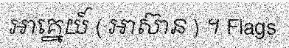
អាគ្នេយ៍ ( អាស៊ាន ) ។ Flags